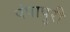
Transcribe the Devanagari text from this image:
पंपापुरी